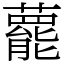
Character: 藣